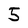
Character: 5